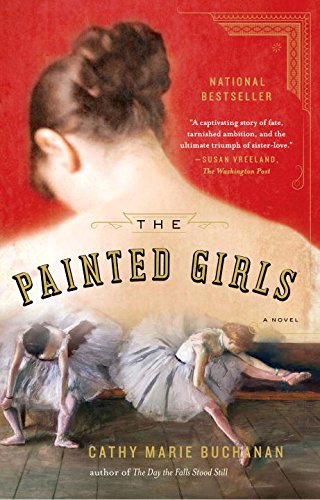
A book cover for The Painted Girls: A Novel; Cathy Marie Buchanan; Literature & Fiction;